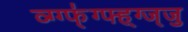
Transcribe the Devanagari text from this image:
व्ग्ग्फ्॑ग्फ्ह्ग्ज्जु